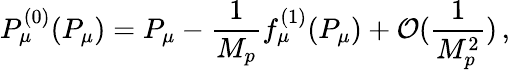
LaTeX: P_{\mu}^{(0)}(P_{\mu})=P_{\mu}-\frac{1}{M_{p}}f_{\mu}^{(1)}(P_{\mu})+{\cal O}(\frac{1}{M_{p}^{2}})\, ,